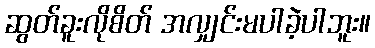
ဆွတ်ခူးလိုစိတ် အလျှင်းမပါခဲ့ပါဘူး။